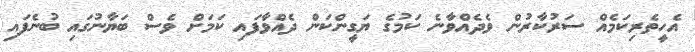
އެހީތެރިކަމެއް ސަރުކާރުން ވެދެއްވާނެ ކަމުގެ ޔަގީންކަން ދެއްވާފައި ކަމަށް ވެސް ބަޔާނުގައި ބުނެފައި